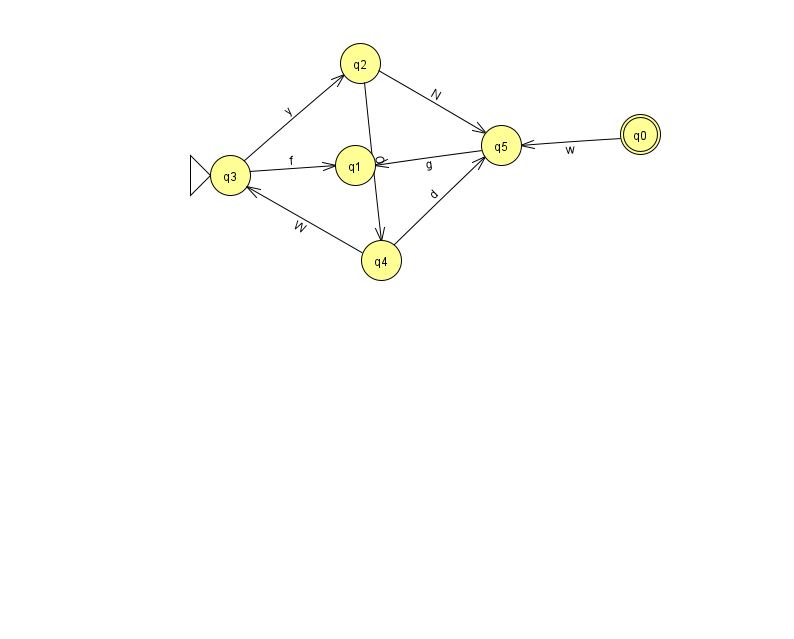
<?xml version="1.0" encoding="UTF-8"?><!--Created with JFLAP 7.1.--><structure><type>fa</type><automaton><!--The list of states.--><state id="0" name="q0"><x>640.0</x><y>121.0</y><final/></state><state id="1" name="q1"><x>355.0</x><y>152.0</y></state><state id="2" name="q2"><x>360.0</x><y>50.0</y></state><state id="3" name="q3"><x>230.0</x><y>162.0</y><initial/></state><state id="4" name="q4"><x>381.0</x><y>247.0</y></state><state id="5" name="q5"><x>501.0</x><y>132.0</y></state><!--The list of transitions.--><transition><from>2</from><to>4</to><read>O</read></transition><transition><from>5</from><to>1</to><read>g</read></transition><transition><from>3</from><to>1</to><read>f</read></transition><transition><from>0</from><to>5</to><read>w</read></transition><transition><from>2</from><to>5</to><read>N</read></transition><transition><from>3</from><to>2</to><read>y</read></transition><transition><from>4</from><to>3</to><read>W</read></transition><transition><from>4</from><to>5</to><read>d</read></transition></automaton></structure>